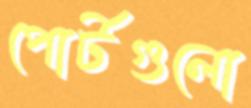
পোর্টগুলো